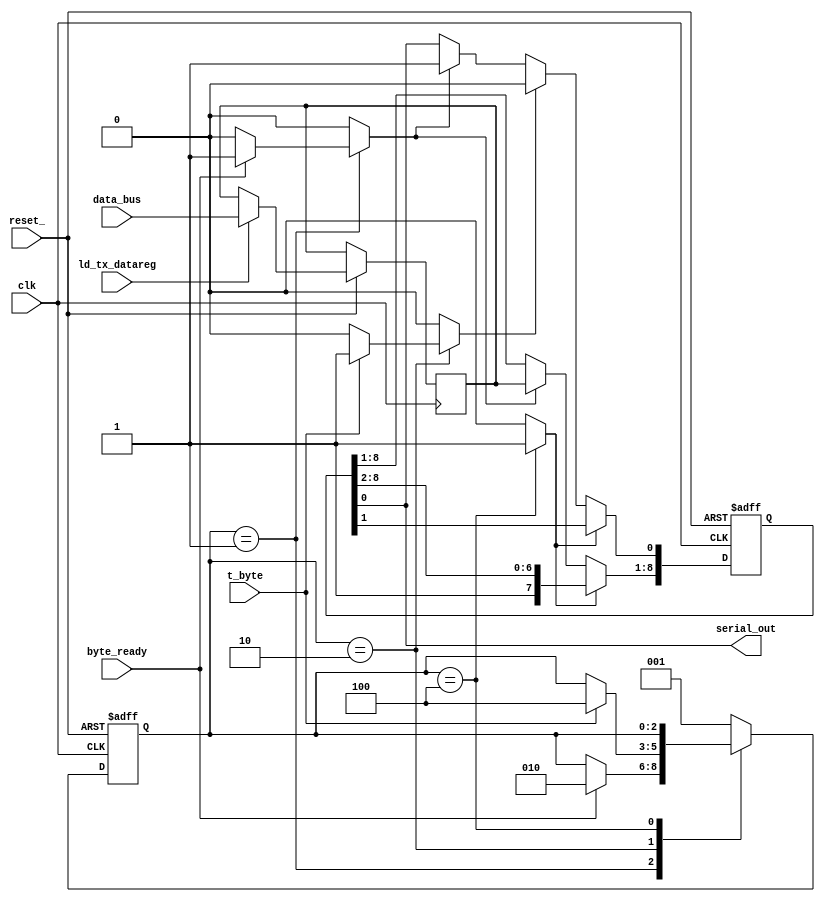
// Code your design here
module uart_tx(
    input [7:0] data_bus,
    input byte_ready,
    input ld_tx_datareg,
    input t_byte,
    input clk,
    input reset_,
    output serial_out
);

    reg [7:0] tx_datareg;
    reg [8:0] tx_shiftreg;
    reg ld_tx_shiftreg;
    reg [2:0] state, next_state;
    reg [2:0] bit_count;
    reg clr;
    reg shift;
    reg start;

    parameter idle = 3'b001;
    parameter waiting = 3'b010;
    parameter sending = 3'b100;
    parameter all_ones = 9'b111111111;

    assign serial_out = tx_shiftreg[0]; //Output is LSB of shift register

    always @ (state or bit_count or t_byte or byte_ready) //Next states and outputs
    begin
        ld_tx_shiftreg = 0;
        clr = 0;
        shift = 0;
        start = 0;
        next_state = state;

        case(state)
            idle:
                if(byte_ready == 1)
                begin
                    ld_tx_shiftreg = 1;
                    next_state = waiting;
                end

            waiting:
                if(t_byte == 1)
                begin
                    start = 1;
                    next_state = sending;
                end

            sending:
                if(bit_count != 9)
                    shift = 1;
                else
                begin
                    clr = 1;
                    next_state = idle;
                end

            default: next_state = idle;
        endcase
    end

    always @ (posedge clk or negedge reset_) //Synchronize state transition of controller
    begin
        if(reset_ == 0)
            state <= idle;
        else
            state <= next_state;
    end

    always @ (posedge clk or negedge reset_) //Synchronize register transfers of datapath registers
    begin
        if(reset_ == 0)
        begin
            tx_shiftreg <= all_ones;
            bit_count <= 0; end
        else
        begin
            if(ld_tx_datareg == 1)
                tx_datareg <= data_bus;

            if(ld_tx_shiftreg == 1)
                tx_shiftreg <= {tx_datareg, 1'b1};

            if(start == 1)
                tx_shiftreg[0] <= 0;

            if(clr == 1)
                bit_count <= 0;

            else if(shift == 1)
                bit_count <= bit_count+1;

            if(shift == 1)
                tx_shiftreg <= {1'b1, tx_shiftreg[8:1]};
        end
    end
endmodule

module tb_uart_tx();
    reg [7:0] data_bus;
    reg t_byte;
    reg ld_tx_datareg;
    reg clk;
    reg reset_;
    reg byte_ready;
    wire serial_out;

    uart_tx transmitter(
        .data_bus(data_bus),
        .byte_ready(byte_ready),
        .ld_tx_datareg(ld_tx_datareg),
        .clk(clk), .reset_(reset_),
        .serial_out(serial_out),
        .t_byte(t_byte)
    );

    initial begin
        clk = 1'b0;
    end

    always begin
        #5 clk = ~clk;
    end

    initial begin
        $dumpfile("dump.vcd");
        $dumpvars(0, tb_uart_tx);
    end

    initial begin
        #2 reset_ = 1'b0;
        #10 reset_ = 1'b1;

        data_bus = 8'haa;

        ld_tx_datareg = 1'b1;

        #10 byte_ready = 1'b1;

        #10 t_byte = 1'b1;
        #200
        $finish;
    end
endmodule